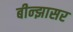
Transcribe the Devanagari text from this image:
बीन्झासर